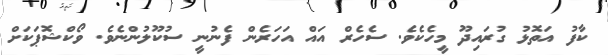
ކާފު އަތޮޅު ގުރައިދޫ މީހެކެވެ. ސެހެރް އައް އަހަރެން ފެނުނީ ސުކޫލުންނެވެ. ވޯކްޝޮޕަކަށް